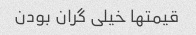
قیمتها خیلی گران بودن